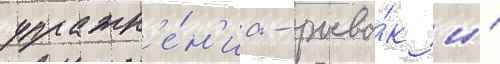
упражн'е́н'иа - рыво́к и́